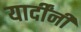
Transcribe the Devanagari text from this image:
यार्दींनी